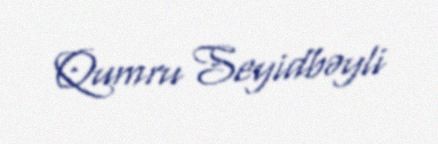
Qumru Seyidbəyli